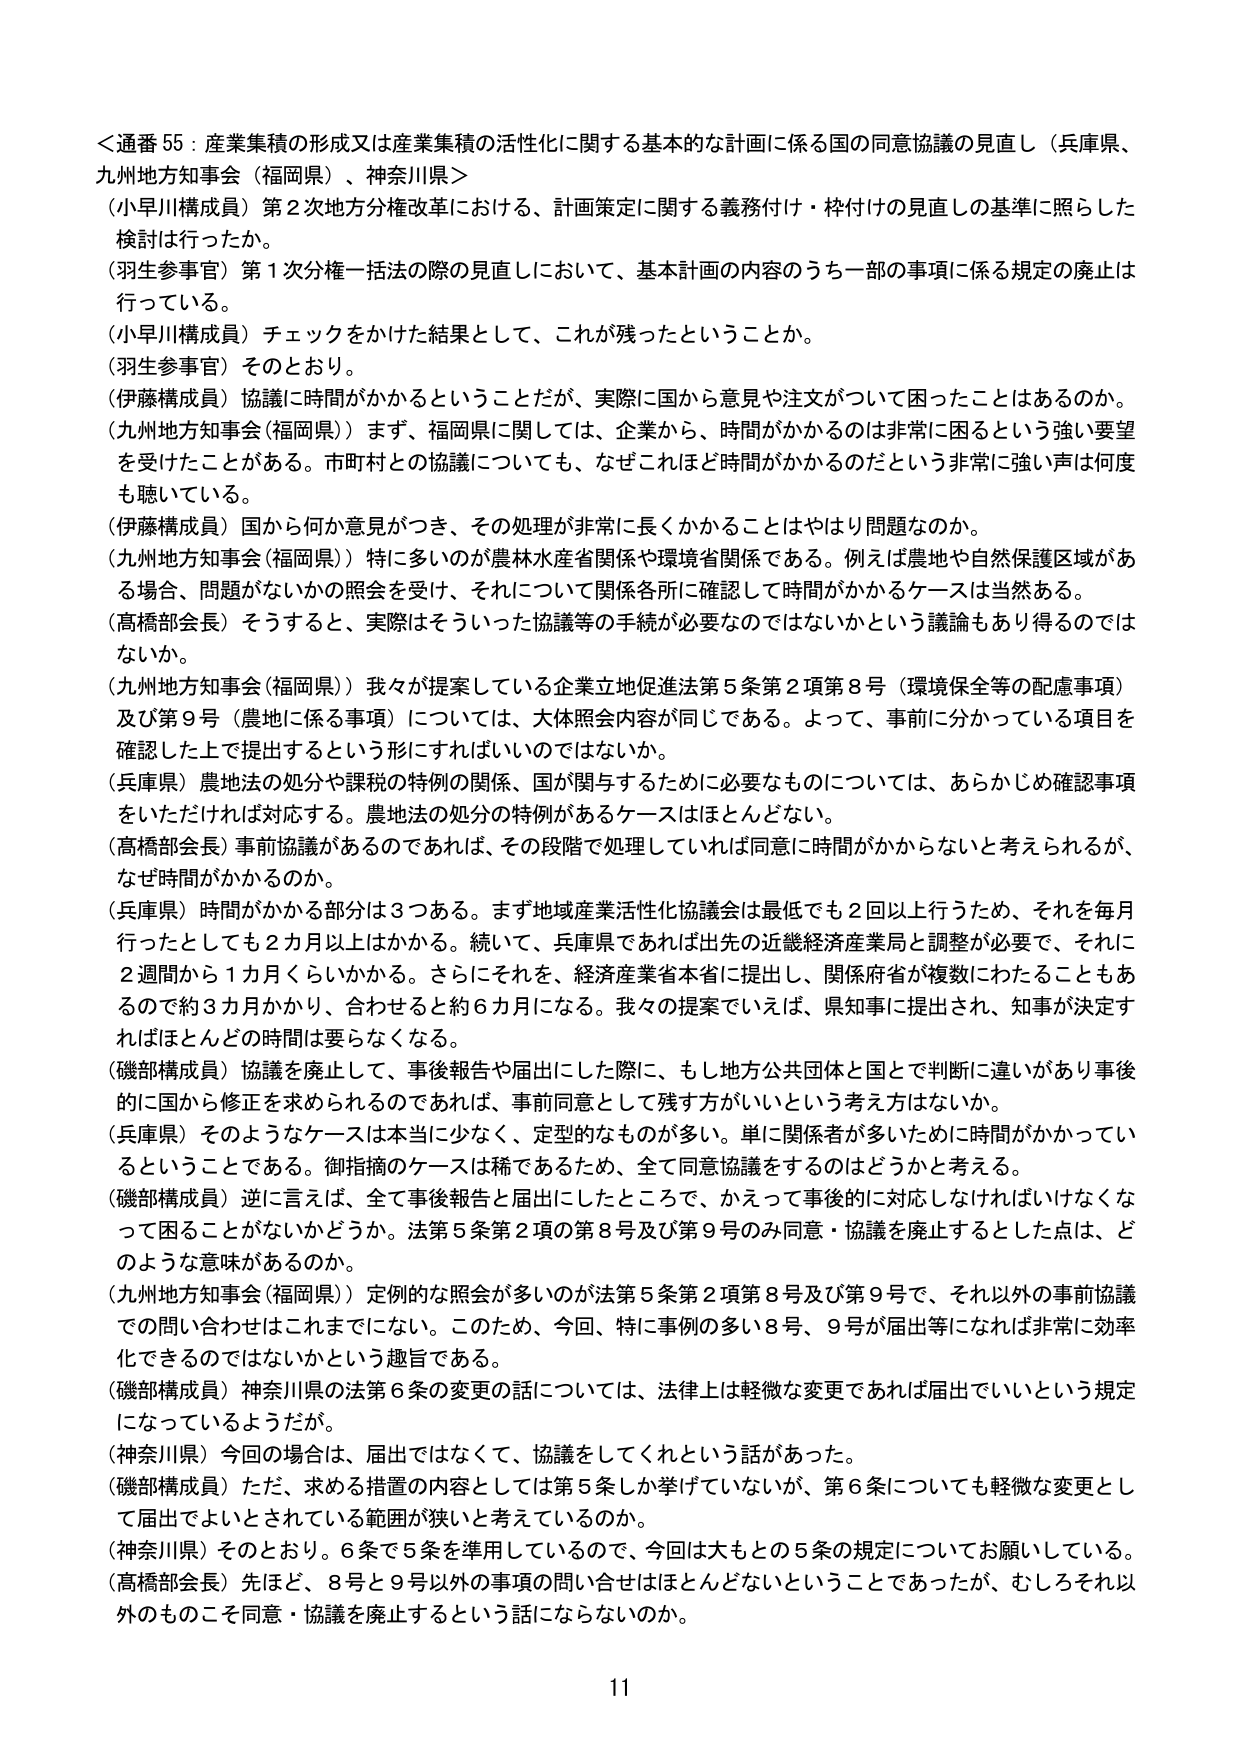
＜通番 55：産業集積の形成又は産業集積の活性化に関する基本的な計画に係る国の同意協議の見直し（兵庫県、九州地方知事会（福岡県）、神奈川県＞
（小早川構成員）第2次地方分権改革における、計画策定に関する義務付け・枠付けの見直しの基準に照らした検討は行ったか。
（羽生参事官）第1次分権一括法の際の見直しにおいて、基本計画の内容のうち一部の事項に係る規定の廃止は行っている。
（小早川構成員）チェックをかけた結果として、これが残ったということか。
（羽生参事官）そのとおり。
（伊藤構成員）協議に時間がかかるということだが、実際に国から意見や注文がついて困ったことはあるのか。
（九州地方知事会（福岡県））まず、福岡県に関しては、企業から、時間がかかるのは非常に困るという強い要望を受けたことがある。市町村との協議についても、なぜこれほど時間がかかるのだという非常に強い声は何度も聴いている。
（伊藤構成員）国から何か意見がつき、その処理が非常に長くかかることはやはり問題なのか。
（九州地方知事会（福岡県））特に多いのが農林水産省関係や環境省関係である。例えば農地や自然保護区域がある場合、問題がないかの照会を受け、それについて関係各所に確認して時間がかかるケースは当然ある。
（高橋部会長）そうすると、実際はそういった協議等の手続が必要なのではないかという議論もあり得るのではないか。
（九州地方知事会（福岡県））我々が提案している企業立地促進法第5条第2項第8号（環境保全等の配慮事項）及び第9号（農地に係る事項）については、大体照会内容が同じである。よって、事前に分かっている項目を確認した上で提出するという形にすればいいのではないか。
（兵庫県）農地法の処分や課税の特例の関係、国が関与するために必要なものについては、あらかじめ確認事項をいただければ対応する。農地法の処分の特例があるケースはほとんどない。
（高橋部会長）事前協議があるのであれば、その段階で処理していれば同意に時間がかからないと考えられるが、なぜ時間がかかるのか。
（兵庫県）時間がかかる部分は3つある。まず地域産業活性化協議会は最低でも2回以上行うため、それを毎月行ったとしても2カ月以上はかかる。続いて、兵庫県であれば出先の近畿経済産業局と調整が必要で、それに2週間から1カ月くらいかかる。さらにそれを、経済産業省本省に提出し、関係府省が複数にわたることもあるので約3カ月かかり、合わせると約6カ月になる。我々の提案でいえば、県知事に提出され、知事が決定すればほとんどの時間は要らなくなる。
（磯部構成員）協議を廃止して、事後報告や届出にした際に、もし地方公共団体と国とで判断に違いがあり事後的に国から修正を求められるのであれば、事前同意として残す方がいいという考え方はないか。
（兵庫県）そのようなケースは本当に少なく、定型的なものが多い。単に関係者が多いために時間がかかっているということである。御指摘のケースは稀であるため、全て同意協議をするのはどうかと考える。
（磯部構成員）逆に言えば、全て事後報告と届出にしたところで、かえって事後的に対応しなければいけなくなって困ることがないかどうか。法第5条第2項の第8号及び第9号のみ同意・協議を廃止とした点は、どのような意味があるのか。
（九州地方知事会（福岡県））定例的な照会が多いのが法第5条第2項第8号及び第9号で、それ以外の事前協議での問い合わせはこれまでにない。このため、今回、特に事例の多い8号、9号が届出等になれば非常に効率化できるのではないかという趣旨である。
（磯部構成員）神奈川県の法第6条の変更の話については、法律上は軽微な変更であれば届出でいいという規定になっているようだが。
（神奈川県）今回の場合は、届出ではなくて、協議をしてくれという話があった。
（磯部構成員）ただ、求める措置の内容としては第5条しか挙げていないが、第6条についても軽微な変更として届出でよいとされている範囲が狭いと考えているのか。
（神奈川県）そのとおり。6条で5条を準用しているので、今回は大もとの5条の規定についてお願いしている。
（高橋部会長）先ほど、8号と9号以外の事項の問い合わせはほとんどないということであったが、むしろそれ以外のものこそ同意・協議を廃止するという話にならないのか。
11